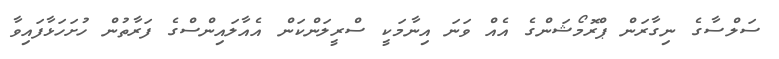
ސަލްސާގެ ނިގާރަން ޕްރޮމޯޝަންގެ އެއް ވަނަ އިނާމަކީ ސްރީލަންކަން އެއާލައިންސްގެ ފަރާތުން ހުށަހަޅާފައިވާ